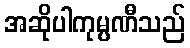
အဆိုပါကုမ္ပဏီသည်